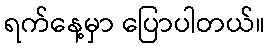
ရက်နေ့မှာ ပြောပါတယ်။